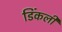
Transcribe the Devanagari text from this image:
डिंकली